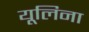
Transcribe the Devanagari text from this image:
यूलिना